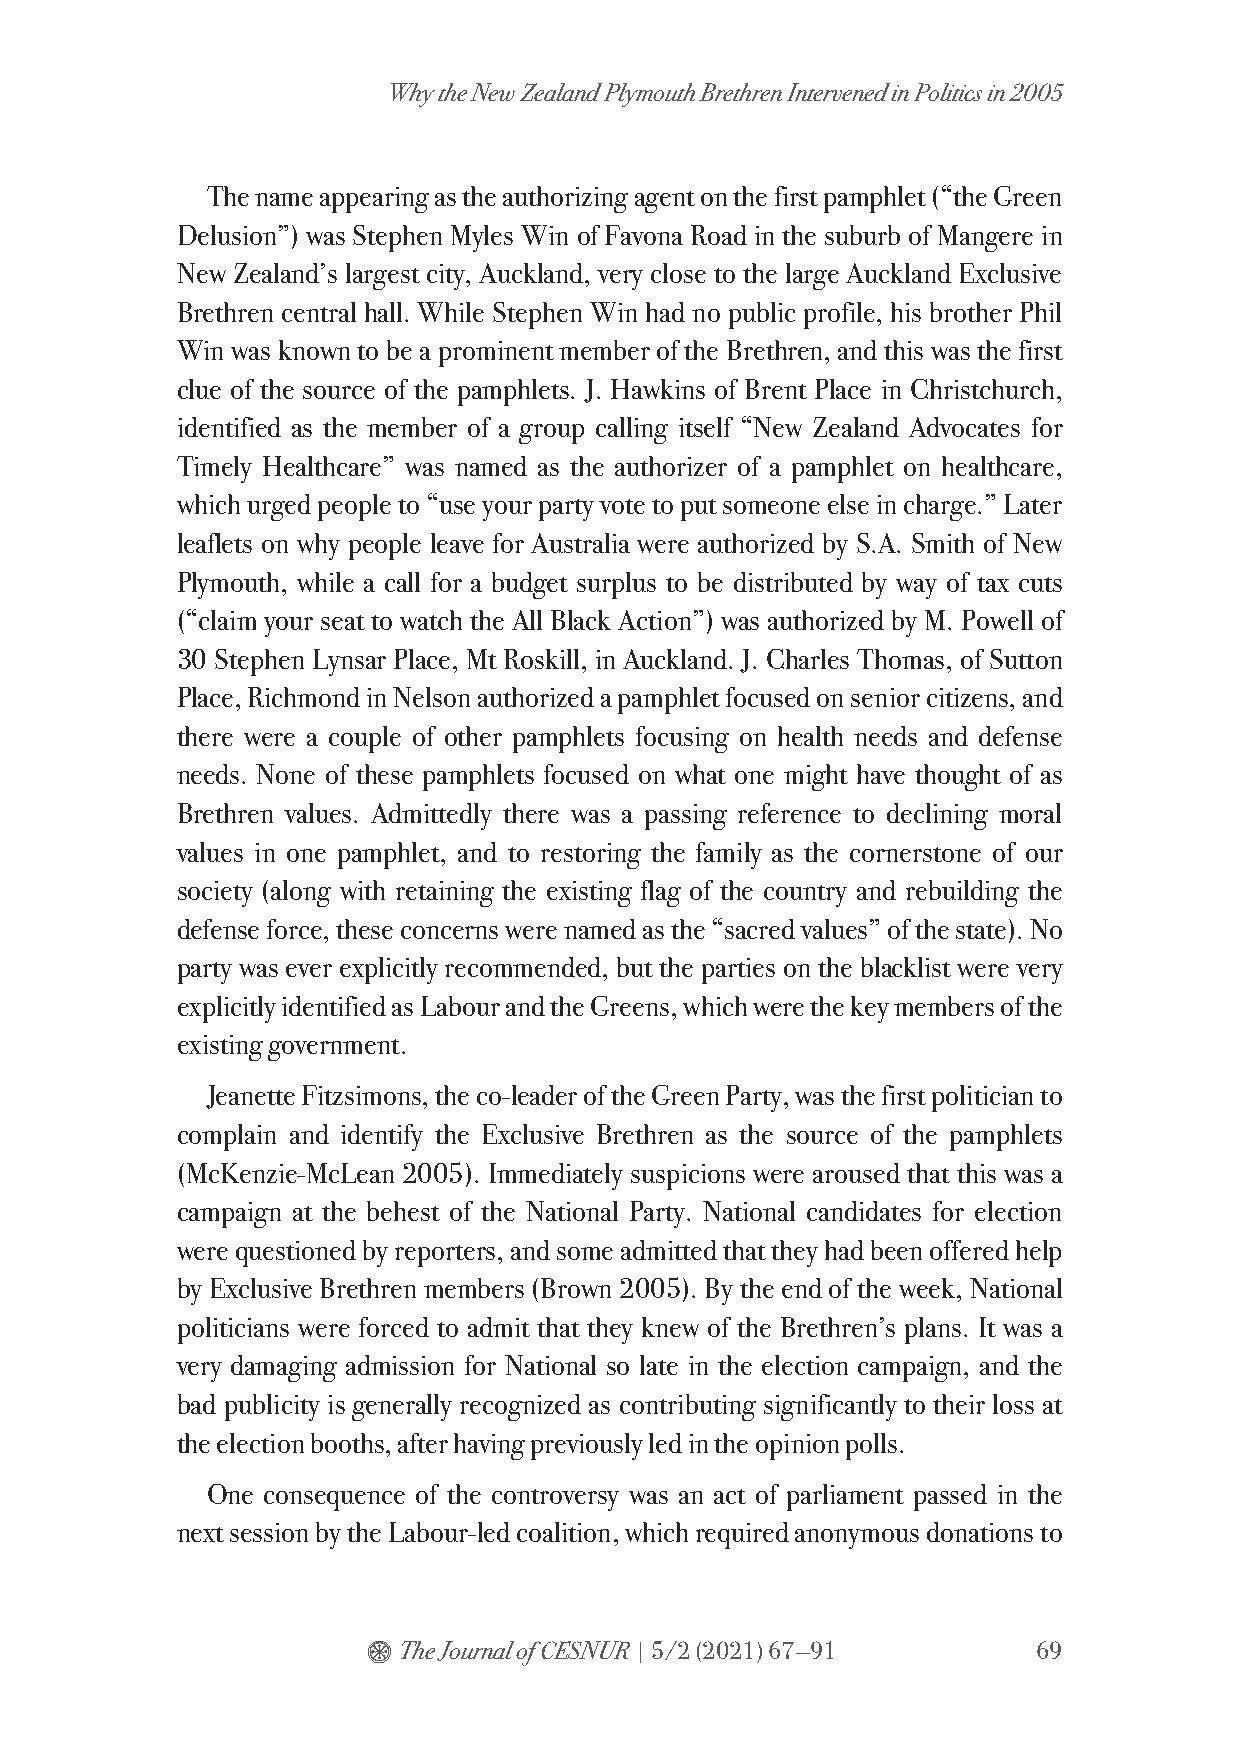
Why the New Zealand Plymouth Brethren Intervened in Politics in 2005
 The name appearing as the authorizing agent on the first pamphlet (“the Green
 Delusion”) was Stephen Myles Win of Favona Road in the suburb of Mangere in
 New Zealand’s largest city, Auckland, very close to the large Auckland Exclusive
 Brethren central hall. While Stephen Win had no public profile, his brother Phil
 Win was known to be a prominent member of the Brethren, and this was the first
 clue of the source of the pamphlets. J. Hawkins of Brent Place in Christchurch,
 identified as the member of a group calling itself “New Zealand Advocates for
 Timely Healthcare” was named as the authorizer of a pamphlet on healthcare,
 which urged people to “use your party vote to put someone else in charge.” Later
 leaflets on why people leave for Australia were authorized by S.A. Smith of New
 Plymouth, while a call for a budget surplus to be distributed by way of tax cuts
 (“claim your seat to watch the All Black Action”) was authorized by M. Powell of
 30 Stephen Lynsar Place, Mt Roskill, in Auckland. J. Charles Thomas, of Sutton
 Place, Richmond in Nelson authorized a pamphlet focused on senior citizens, and
 there were a couple of other pamphlets focusing on health needs and defense
 needs. None of these pamphlets focused on what one might have thought of as
 Brethren values. Admittedly there was a passing reference to declining moral
 values in one pamphlet, and to restoring the family as the cornerstone of our
 society (along with retaining the existing flag of the country and rebuilding the
 defense force, these concerns were named as the “sacred values” of the state). No
 party was ever explicitly recommended, but the parties on the blacklist were very
 explicitly identified as Labour and the Greens, which were the key members of the
 existing government.
 Jeanette Fitzsimons, the co-leader of the Green Party, was the first politician to
 complain and identify the Exclusive Brethren as the source of the pamphlets
 (McKenzie-McLean 2005). Immediately suspicions were aroused that this was a
 campaign at the behest of the National Party. National candidates for election
 were questioned by reporters, and some admitted that they had been offered help
 by Exclusive Brethren members (Brown 2005). By the end of the week, National
 politicians were forced to admit that they knew of the Brethren’s plans. It was a
 very damaging admission for National so late in the election campaign, and the
 bad publicity is generally recognized as contributing significantly to their loss at
 the election booths, after having previously led in the opinion polls.
 One consequence of the controversy was an act of parliament passed in the
 next session by the Labour-led coalition, which required anonymous donations to
 $ The Journal of CESNUR | 5/2 (2021) 67—91   69